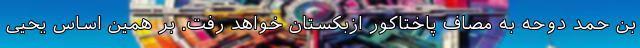
بن‌ حمد دوحه به مصاف پاختاکور ازبکستان خواهد رفت. بر همین اساس یحیی